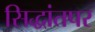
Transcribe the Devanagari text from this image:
सिद्धांतपर